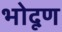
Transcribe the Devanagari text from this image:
भोदूण